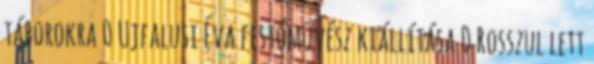
táborokra 0 Ujfalusi Éva festőművész kiállítása 0 Rosszul lett